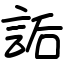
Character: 詬